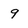
Character: 9